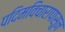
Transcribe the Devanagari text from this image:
पदिमविचारापासून